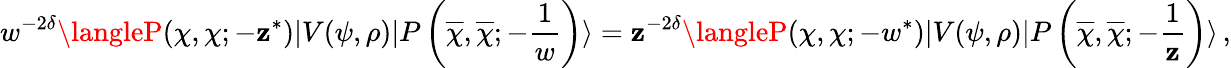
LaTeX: w^{-2\delta}\langleP(\chi,\chi;-\mathbf{z}^{\ast})|V(\psi,\rho)|P\left(\overline{{{\chi}}},\overline{{{\chi}}};-{\frac{{1}}{{w}}}\right)\rangle=\mathbf{z}^{-2\delta}\langleP(\chi,\chi;-w^{\ast})|V(\psi,\rho)|P\left(\overline{{{\chi}}},\overline{{{\chi}}};-{\frac{{1}}{{\mathbf{z}}}}\right)\rangle\, ,